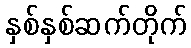
နှစ်နှစ်ဆက်တိုက်